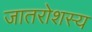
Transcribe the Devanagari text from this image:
जातरोशस्य